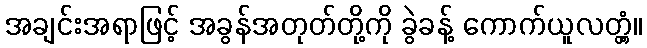
အချင်းအရာဖြင့် အခွန်အတုတ်တို့ကို ခွဲခန့် ကောက်ယူလတ္တံ့။